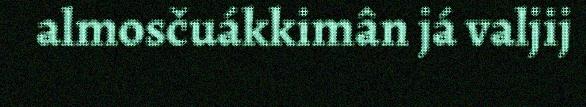
almosčuákkimân já valjij